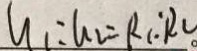
u _ { 1 } : u _ { 2 } = R _ { 1 } : R _ { 2 }